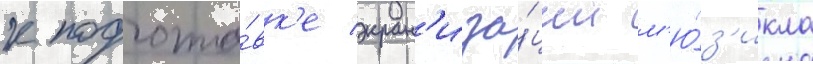
к подгото́вк'е экран'иза́ции м'ю́з'икла